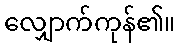
လျှောက်ကုန်၏။